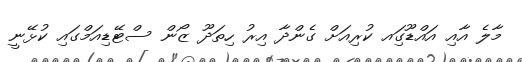
މާލެ އާއި އައްޑޫގަިއ ކުރިއަށް ގެންދާ އިރު ހިތަދޫ ޒޯން ސްޓޭޑިއަމްގައި ކުޅޭނީ